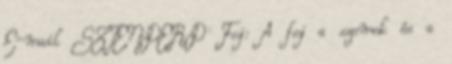
E-mail SZTENDERD Fej: A fej a szemek és a